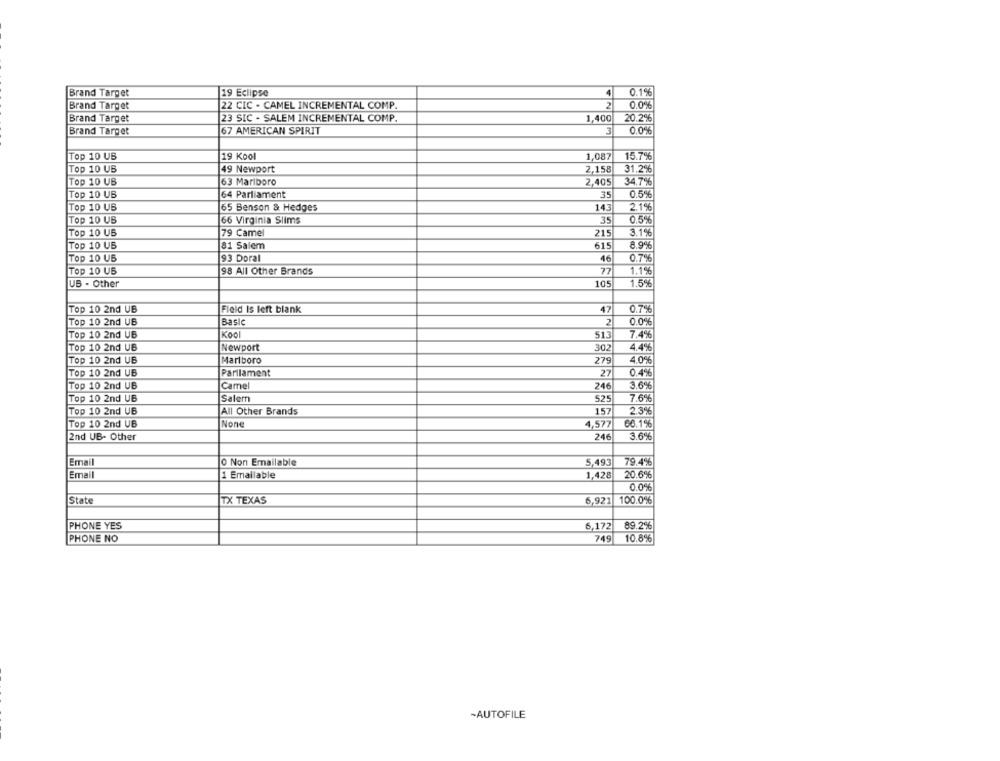
4
0.1%
Brand Target
19 Eclipse
Brand Target
22 CIC . CAMEL INCREMENTAL COMP.
2
0.0%
Brand Target
23 SIC - SALEM INCREMENTAL COMP.
1,400
20.2%
67 AMERICAN SPIRIT
3
0.0%
Brand Target
Top 10 UB
19 Kool
1.087
15.7%
Top 10 UB
2.158
31.26
49 Newport
Top 10 UB
63 Marlboro
2,405
34.7%
Top 10 UB
64 Parliament
35
0.5%
Top 10 UB
143
2.1%
65 Benson & Hedges
Top 10 UB
66 Virginia Slims
35
0.5%
Top 10 US
79 Camel
215
3.1%
615
8.9%
Top 10 UB
81 Salem
Top 10 US
93 Doral
0.7%
Top 10 UB
98 All Other Brands
77
1.16
1.5%
UB - Other
105
Top 10 2nd UB
Field Is left blank
47
0.7%
Top 10 2nd UB
Basic
0.0%
Top 10 2nd UB
Kool
513
7.4%
Top 10 2nd UB
Newport
302
4.4%
Top 10 2nd UB
Marlboro
27
4.0%
Top 10 2nd UB
Parliament
27
0.4%
Top 10 2nd UB
Camel
246
3.6%
Top 10 2nd UB
Salem
525
7.6%
Top 10 2nd UB
All Other Brands
157
2.3%
Top 10 2nd UB
4,577
66.1%
246
2nd UB- Other
3.6%
Email
O Non Emailable
5.493
79.4%
Email
1 Emailable
1.428
20.66
0.0%
State
TX TEXAS
6,921
100.0%
PHONE YES
6.172
89.2%
PHONE NO
749
10.8%
-AUTOFILE